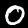
Label: 0